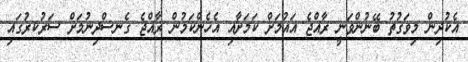
އެކުދިން މިވަގުތު ބޭނުންވަނީ ރާއްޖެ އައުމަށް ކަމަށާއި އެހެންކަމުން ރާއްޖެ ގެނސްދިނުމަށް ސަރުކރުގައި